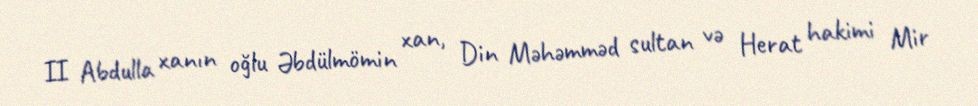
II Abdulla xanın oğlu Əbdülmömin xan, Din Məhəmməd sultan və Herat hakimi Mir